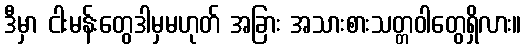
ဒီမှာ ငါးမန်းတွေဒါမှမဟုတ် အခြား အသားစားသတ္တဝါတွေရှိလား။